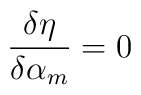
\frac{\delta \eta}{\delta \alpha_m} = 0